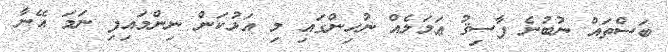
ބަސްތައް ނުބުނެ ފާސިޤު ޢަމަލެއް ނުހިންގައި މި އަޅުކަން ނިންމައިފި ނަމަ އޭނާ